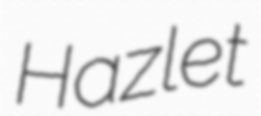
Hazlet